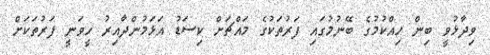
ވިދާޅުވީ ބިން ހިއްކުމުގެ ބޭނުމުގައި ފަރުތަކުގެ މައްޗަށް ކިސަޑު އަޅަމުންދާއިރު ހީވަނީ ފަރުތަކަށް